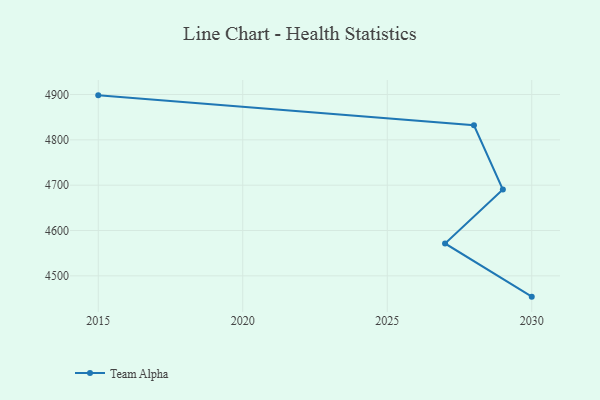
{"axis": {"x": "Year", "y": "Satisfaction Score"}, "legend": ["Team Alpha"], "data": [{"x": "2015", "y": 4898.1, "type": "Team Alpha"}, {"x": "2028", "y": 4832.2, "type": "Team Alpha"}, {"x": "2029", "y": 4690.3, "type": "Team Alpha"}, {"x": "2027", "y": 4571.4, "type": "Team Alpha"}, {"x": "2030", "y": 4454.1, "type": "Team Alpha"}]}